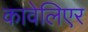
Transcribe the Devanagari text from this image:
कावेलिएर